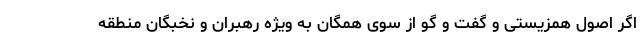
اگر اصول همزیستی و گفت و گو از سوی همگان به ویژه رهبران و نخبگان منطقه